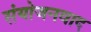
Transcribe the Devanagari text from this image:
संयोजनवाद